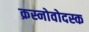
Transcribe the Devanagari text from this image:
क्रस्नोवोदस्क